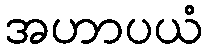
အဟာပယံ